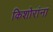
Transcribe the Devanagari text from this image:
किशोरांना